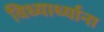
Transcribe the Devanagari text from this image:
विध्यार्थ्याना